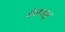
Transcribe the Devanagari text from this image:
शेवाजपुर